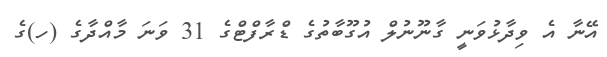
އޭނާ އެ ވިދާޅުވަނީ ގާނޫނުލް އުގޫބާތުގެ ޑްރާފްޓްގެ 31 ވަނަ މާއްދާގެ (ހ)ގެ